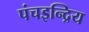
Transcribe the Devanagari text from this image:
पंचइन्द्रिय